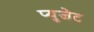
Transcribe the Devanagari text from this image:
प्युजेट